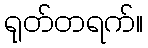
ရုတ်တရက်။